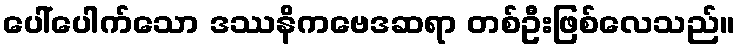
ပေါ်ပေါက်သော ဒဿနိကဗေဒဆရာ တစ်ဦးဖြစ်လေသည်။